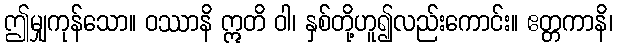
ဤမျှကုန်သော။ ဝဿာနိ ဣတိ ဝါ၊ နှစ်တို့ဟူ၍လည်းကောင်း။ ဧတ္တကာနိ၊